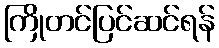
ကြိုတင်ပြင်ဆင်ရန်